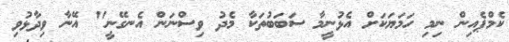
ކެމްޕެއިން ނިމި ހަމަޔަކަށް އެޅުނީމާ ސަބަބުތަކާ މެދު ވިސްނަން އެނގޭނީ" އޭނާ ވިދާޅުވި